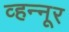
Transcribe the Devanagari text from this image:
व्हन्‍नूर